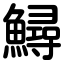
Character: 鱘